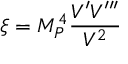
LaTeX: \xi = M _ { P } ^ { 4 } \frac { V ^ { \prime } V ^ { \prime \prime \prime } } { V ^ { 2 } }